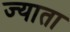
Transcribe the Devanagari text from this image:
ज्याता